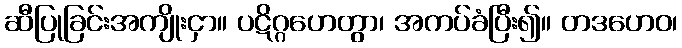
ဆီပြုခြင်းအကျိုးငှာ။ ပဋိဂ္ဂဟေတွာ၊ အကပ်ခံပြီး၍။ တဒဟေဝ၊